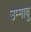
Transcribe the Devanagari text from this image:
उम्माच्चु